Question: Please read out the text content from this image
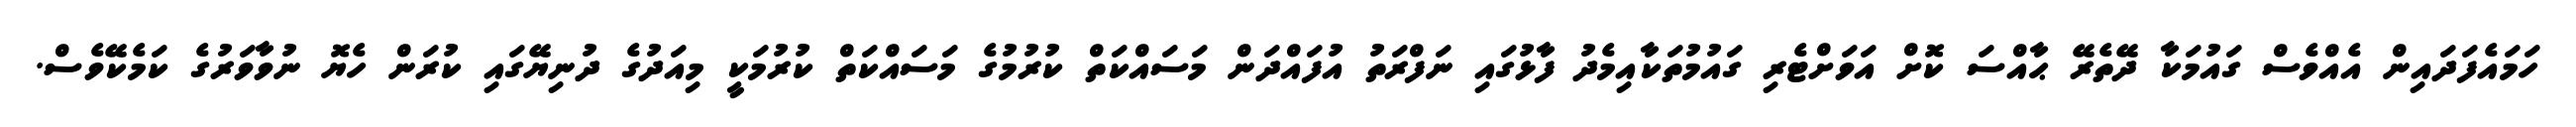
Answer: ހަމައެފަދައިން އެއްވެސް ގައުމަކާ ދޭތެރޭ ޙާއްސަ ކޮށް އަވަށްޓެރި ގައުމުތަކާއިމެދު ފާޅުގައި ނަފްރަތު އުފައްދަން މަސައްކަތް ކުރުމުގެ މަސައްކަތް ކުރުމަކީ މިއަދުގެ ދުނިޔޭގައި ކުރަން ހެޔޮ ނުވާވަރުގެ ކަމެކޭވެސް.